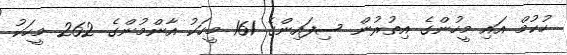
ހުކުމް އައި މީހުންގެ އިތުރުން ސިފައިންގެ 161 މީހަކު އާންމުންގެ 262 މީހަކު